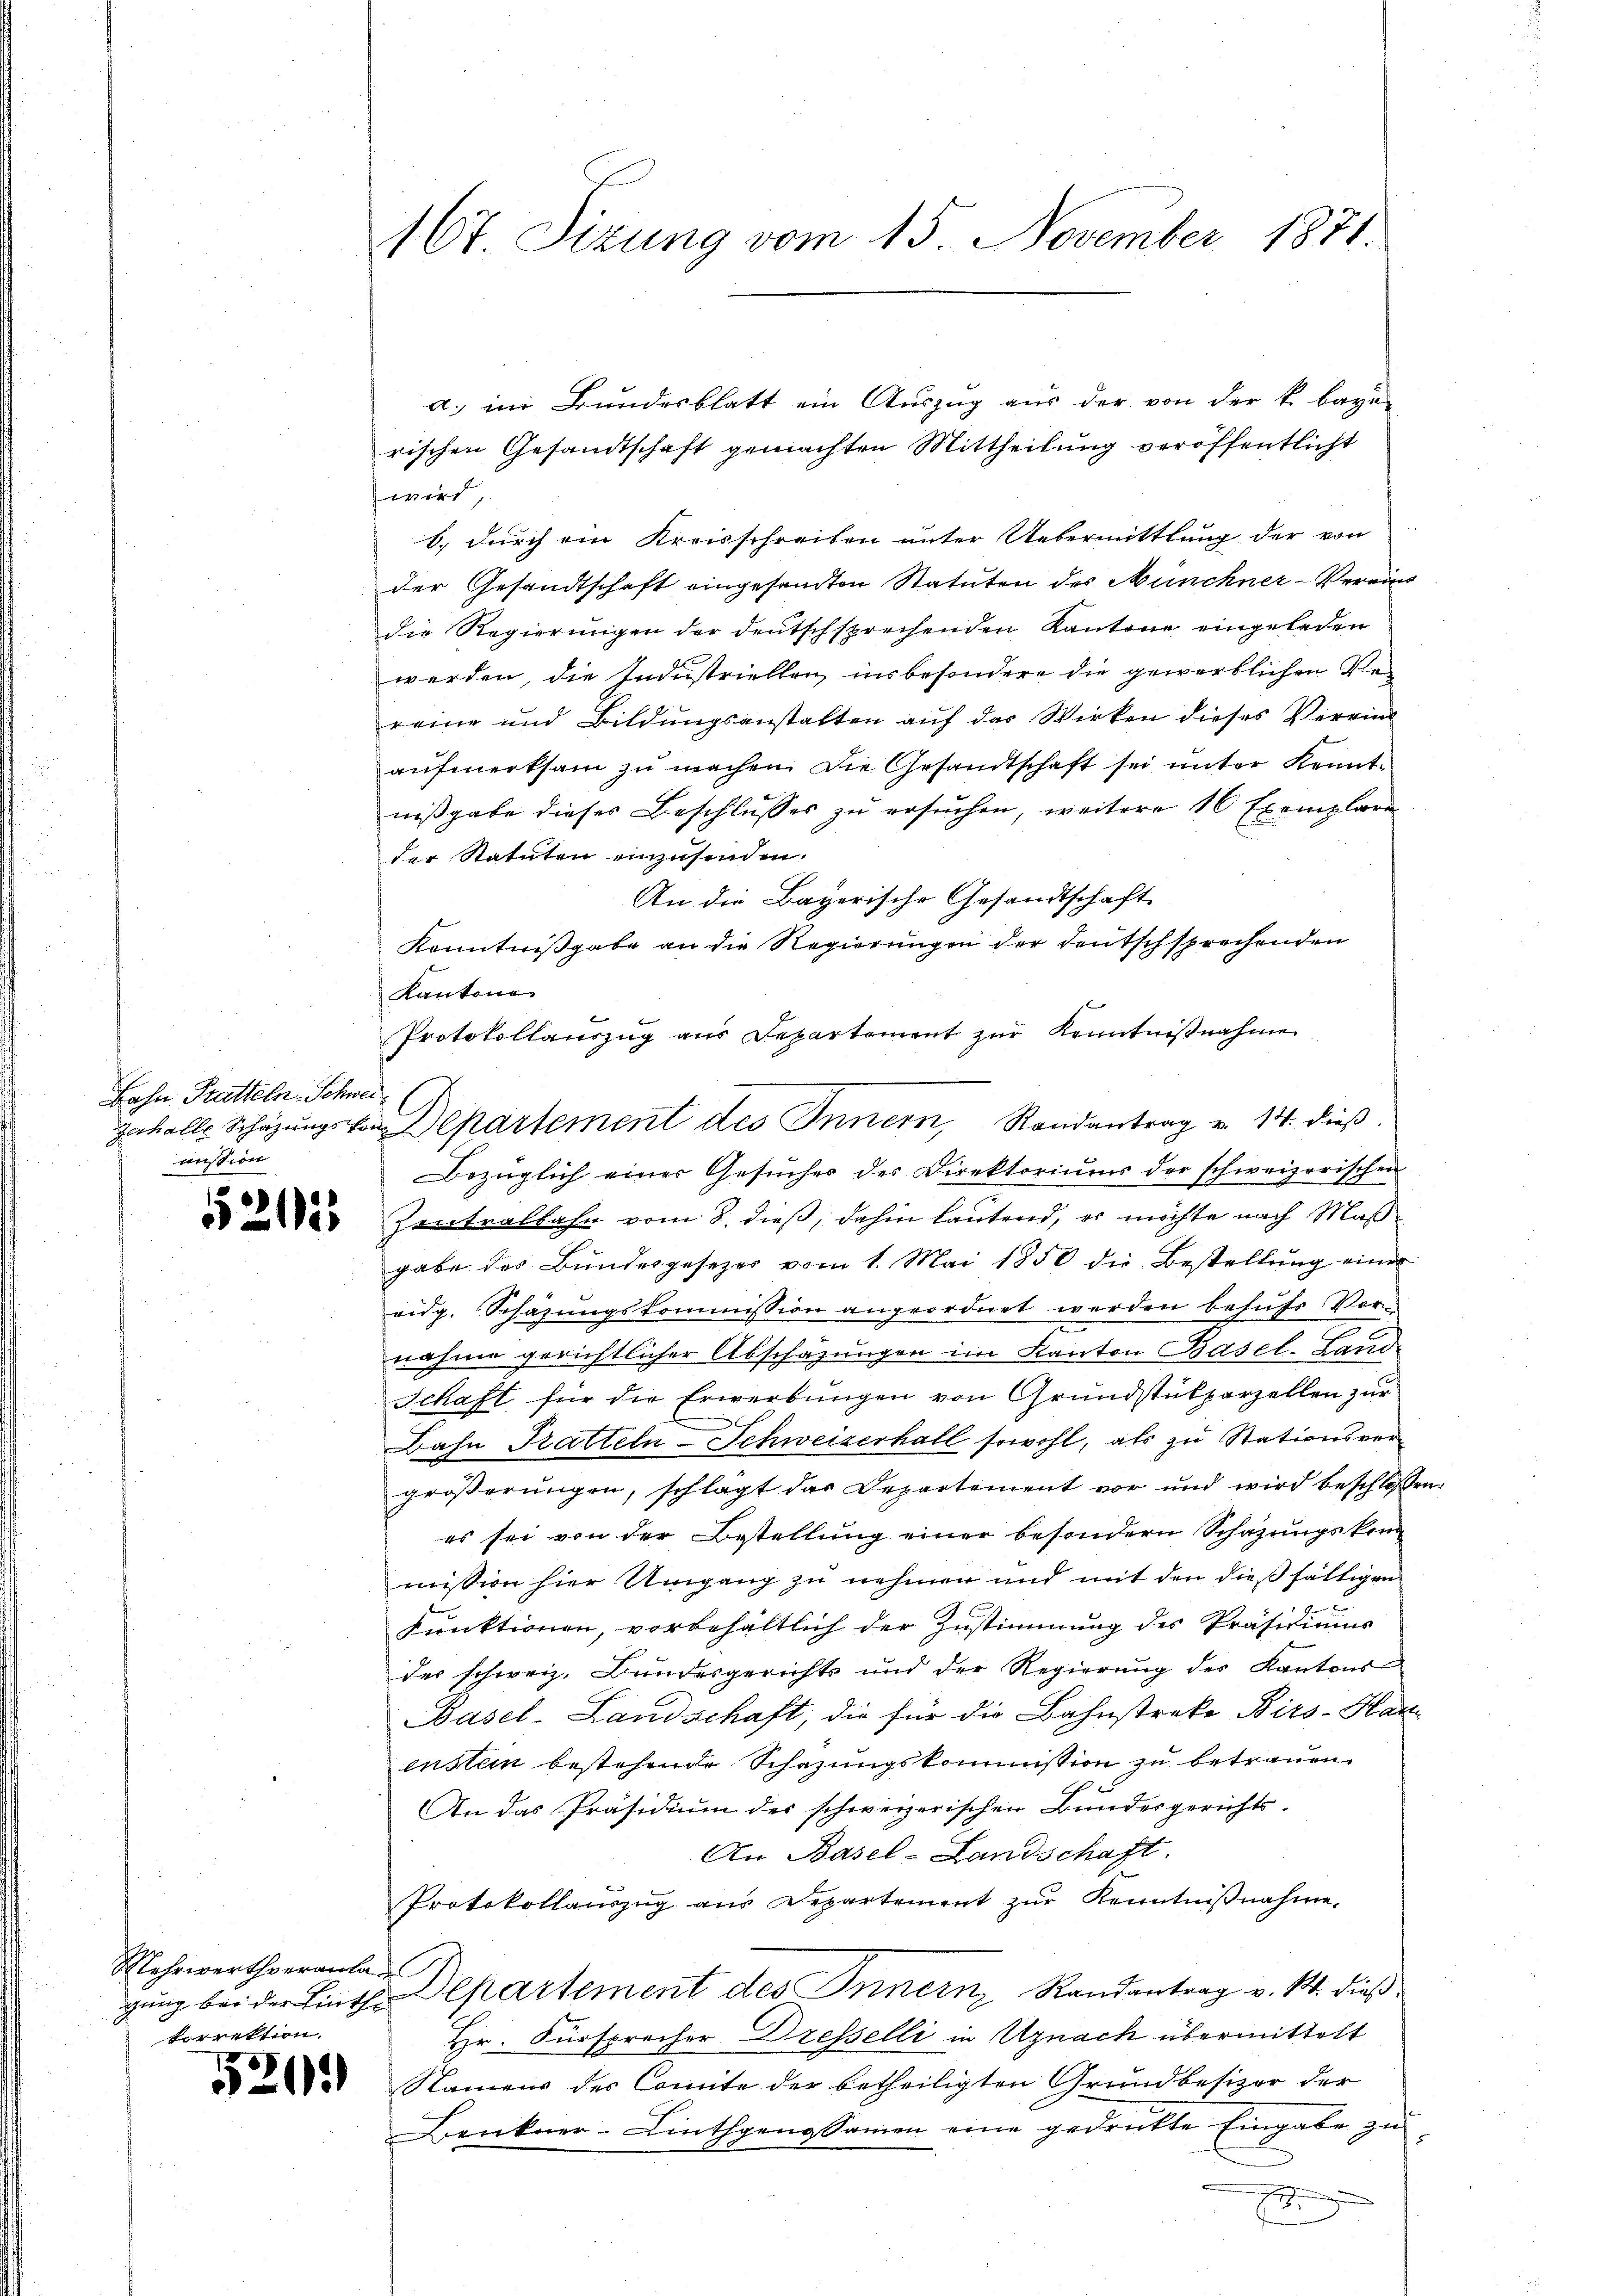
Bahn Pratteln Schweimission

215

a.) im Bundesblatt ein Auszug aus der von der k. bayen
rischen Gesandtschaft gemachten Mittheilung veröffentlicht
wird
b.) durch ein Kreisschreiben unter Uebermittlung der von
der Gesandtschaft eingesandten Statuten des Münchner-Verein
die Regierungen der deutschsprechenden Kantone eingeladen
werden, die Industriellen, insbesondere die gewerblichen Rereine und Bildungsanstalten auf das Wirken dieses Verein
aufmerksam zu machen. Die Gesandtschaft sei unter Kenntnißgabe dieses Beschlusses zu ersuchen, weitere 16 Exemplare
der Statuten einzusenden.
An die Bayerische Gesandtschaft
Kenntnißgabe an die Regierungen der deutschsprechenden
Kantone
Protokollauszug aus Departement zŭr Kenntnißnahme
Bezüglich einer Gesuches des Direktoriums der schweizerischen
Zentralbahn vom 8. dieß, dahin lautend, es möchte nach Maßgabe des Bundesgesetzes vom 1. Mai 1850 die Bestellung einer
eidg. Schazungskommission angeordnet werden behufs Vor-
nahme gerichtlicher Abschazungen im Kanton Basel. Land¬
Schaft für die Erwerbungen von Grundstükparzellen zur
Bahn Pratteln-Schweizerhall sowohl, als zu Stationsver
größerungen, schlägt das Departement vor und wird beschlossen
es sei von der Bestellung einer besondern Schazungskom
mission hier Umgang zu nehmen und mit den dießfälligen
C
Kunktionen, vorbehältlich der Zustimmung des Präsidiums
der schweiz. Bundesgerichts und der Regierŭng des Kantons
Basel-Landschaft, die für die Bahnstreke Birs-Hau
ensten bestehende Schazungskommission zu betrauen.
An das Präsidium des schweizerischen Bundesgerichts-
An Basel-Landschaft.
Protokollaŭszŭg ans Departement zŭr Kenntniβnahme.
gung bei der Linth. Departement des Innern Randantrag v. 14. dieß¬
Hr. Fürspracher Dresselli in Uznach übermittelt
Namens des Comite der betheiligten Grundbesizer der
Benkner-Linthgenossamen eine gedrükte Eingabe zu

E

Mehrwertheranla
vorrektion.

520

167 Sizung vom 15. November 1871.

gehalte Schätzungs von Departement des Innern, Randantrag u. 14. dieβ.

ke